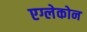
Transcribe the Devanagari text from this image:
एग्लेकोन